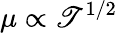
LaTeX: \mu\propto\mathscr{T}^{1/2}